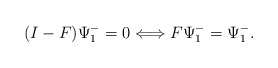
\begin{align*}(I-F)\Psi^-_1=0 \Longleftrightarrow F \Psi^-_1 =\Psi^-_1.\end{align*}